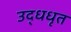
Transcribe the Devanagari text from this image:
उद्धधृत